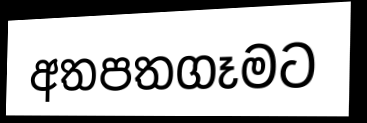
අතපතගෑමට